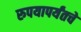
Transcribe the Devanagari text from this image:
रुपयापर्यंतचे